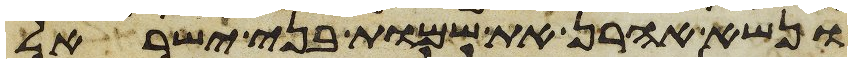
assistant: ונשא אהרן את שמות בני ישראל